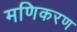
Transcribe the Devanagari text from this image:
मणिकरण